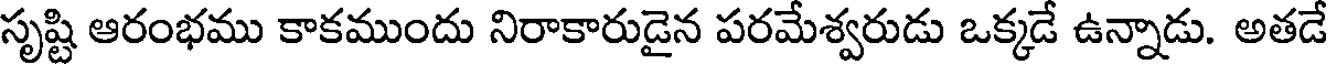
సృష్టి ఆరంభము కాకముందు నిరాకారుడైన పరమేశ్వరుడు ఒక్కడే ఉన్నాడు. అతడే